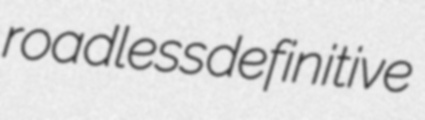
roadless definitive